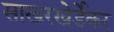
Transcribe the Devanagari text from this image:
साखरखेर्डेकर